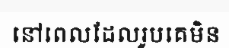
នៅពេលដែលរូបគេមិន